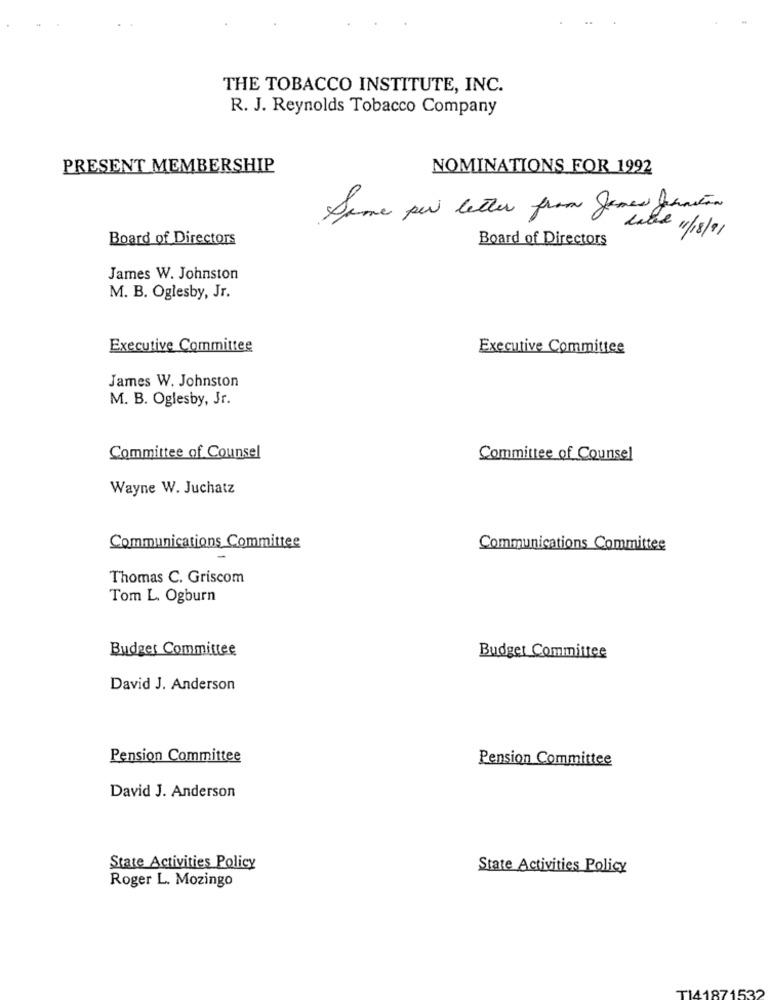
THE TOBACCO INSTITUTE, INC.
R. J. Reynolds Tobacco Company
PRESENT MEMBERSHIP
NOMINATIONS FOR 1992
Some per letter from James Junction
Board of Directors
Board of Directors
Lated 1/18/91
James W. Johnston
M. B. Oglesby, Jr.
Executive Committee
Executive Committee
James W. Johnston
M. B. Oglesby, Jr.
Committee of Counsel
Committee of Counsel
Wayne W. Juchatz
Communications Committee
Communications Committee
Thomas C. Griscom
Tom L. Ogburn
Budget Committee
Budget Committee
David J. Anderson
Pension Committee
Pension Committee
David J. Anderson
State Activities Policy
State Activities Policy
Roger L. Mozingo
141871532